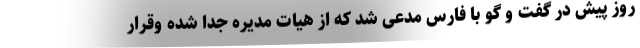
روز پیش در گفت و گو با فارس مدعی شد که از هیات مدیره جدا شده وقرار